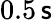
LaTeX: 0.5\, \mathsf{s}